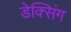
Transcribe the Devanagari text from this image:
डेक्सिंग